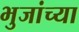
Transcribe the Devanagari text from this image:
भुजांच्या